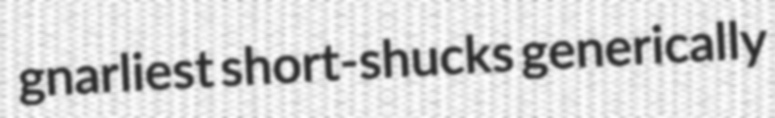
gnarliest short-shucks generically